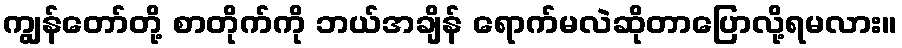
ကျွန်တော်တို့ စာတိုက်ကို ဘယ်အချိန် ရောက်မလဲဆိုတာပြောလို့ရမလား။